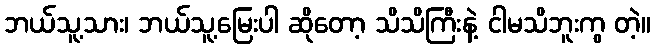
ဘယ်သူ့သား၊ ဘယ်သူ့မြေးပါ ဆိုတော့ သိသိကြီးနဲ့ ငါမသိဘူးကွ တဲ့။